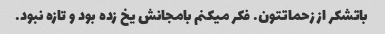
باتشکر از زحماتتون. فکر میکنم بامجانش یخ زده بود و تازه نبود.